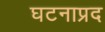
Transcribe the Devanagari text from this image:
घटनाप्रद